Lunatic asylums Central Provinces reports 1874-1885 - 1874-1885
Year: 1874
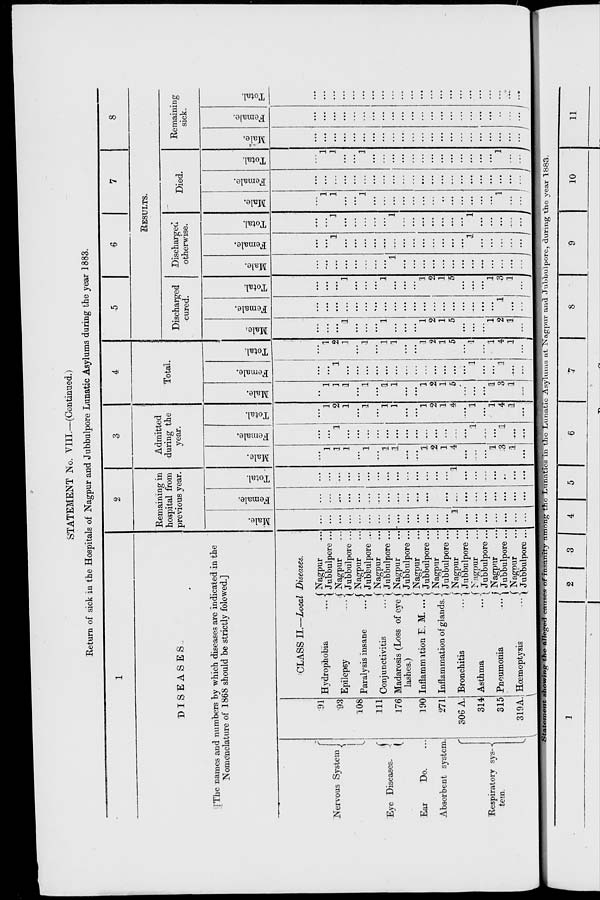
STATEMENT No. VIII.—(Continued.)
Return of sick in the Hospitals of Nagpur and Jubbulpore Lunatic Asylums during the year 1883.
1
DISEASES
[The names and numbers by which diseases are indicated in the
Nomenclature of 1868 should be strictly folowed.]
Nervous System
Eye Diseases.
Ear
Do. ...
Absorbent system.
Respiratory sys-
tem.
91
93
108
111
176
190
271
306 A.
314
315
319A.
CLASS II.—Local Diseases.
Hydrophobia ...
Epilepsy ...
Paralysis insane ...
Conjunctivitis ...
Madarosis (Loss of eye
lashes.)
Inflammation E. M. ...
Inflammation of glands.
Bronchitis ...
Asthma
...
Pneumonia
...
Hœmoptysis ...
Nagpur ...
Jubbulpore ...
Nagpur ...
Jubbulpore ...
Nagpur ...
Jubbulpore ...
Nagpur ...
Jubbulpore ...
Nagpur ...
Jubbulpore ...
Nagpur ...
Jubbulpore ...
Nagpur ...
Jubbulpore ...
Nagpur ...
Jubbulpore ...
Nagpur ...
Jubbulpore ...
Nagpur ...
Jubbulpore ...
Nagpur ...
Jubbulpore ...
2
Remaining in
hospital from
previous year.
Male.
...
...
...
...
...
...
...
...
...
...
...
...
...
...
1
...
...
...
...
...
...
...
Female.
...
...
...
...
...
...
...
...
...
...
...
...
...
...
...
...
...
...
...
...
...
...
Total.
...
...
...
...
...
...
...
...
...
...
...
...
...
...
1
...
...
...
...
...
...
...
3
Admitted
during the
year.
Male.
...
1
1
1
...
1
...
1
1
...
...
1
2
1
4
...
...
...
1
3
1
...
Female.
...
...
1
...
...
...
...
...
...
...
...
...
...
...
...
...
1
...
...
1
...
...
Total.
...
1
2
1
...
1
...
1
1
...
...
1
2
1
4
...
1
...
1
4
1
...
4
Total.
Male.
...
1
1
1
...
1
...
1
1
...
...
1
2
1
5
...
...
...
1
3
1
...
Female.
...
...
1
...
...
...
...
...
...
...
...
...
...
...
...
...
1
...
...
1
...
...
Total.
...
1
2
1
...
1
....
1
1
...
...
1
2
1
5
...
1
...
1
4
1
...
5
6
7
8
RESULTS.
Discharged
cured.
Male.
...
...
...
1
...
...
...
1
...
...
...
1
2
1
5
...
...
...
1
2
1
...
Female.
...
...
...
...
...
...
...
...
...
...
...
...
...
...
...
...
...
...
...
1
...
...
Total.
...
...
...
1
...
...
...
1
...
...
...
1
2
1
5
...
...
...
1
3
1
...
Discharged
otherwise.
Male.
...
...
...
...
...
...
...
...
1
...
...
...
...
...
...
...
...
...
...
...
...
...
Female.
...
...
1
...
...
...
...
...
...
...
...
...
...
...
...
...
1
...
...
...
...
...
Total.
...
...
1
...
...
...
...
...
1
...
...
...
...
...
...
...
1
...
...
...
...
...
Died.
Male.
...
1
1
...
...
1
...
...
...
...
...
...
...
...
...
...
...
...
...
1
...
...
Female.
...
...
...
...
...
...
...
...
...
...
...
...
...
...
...
...
...
...
...
...
...
...
Total.
...
1
1
...
...
1
...
...
...
...
...
...
...
...
...
...
...
...
...
1
...
...
Remaining
sick.
Male.
...
...
...
...
...
...
...
...
...
...
...
...
...
...
...
...
...
...
...
...
...
...
Female.
...
...
...
...
...
...
...
...
...
...
...
...
...
...
...
...
...
...
...
...
...
...
Total.
...
...
...
...
...
...
...
...
...
...
...
...
...
...
...
...
...
...
...
...
...
...